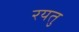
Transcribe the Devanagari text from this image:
रयतु